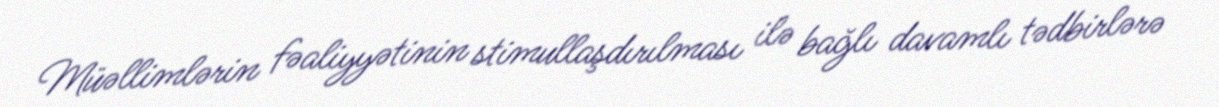
Müəllimlərin fəaliyyətinin stimullaşdırılması ilə bağlı davamlı tədbirlərə